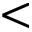
<